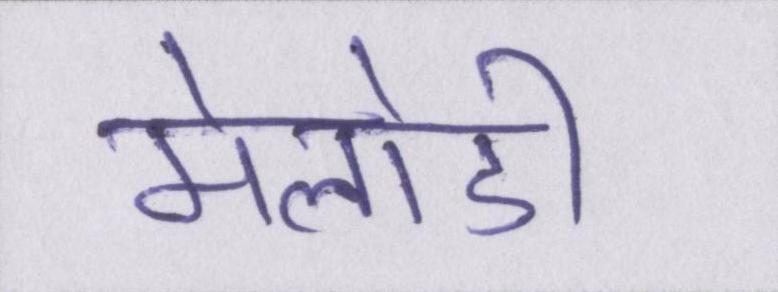
मेलोडी